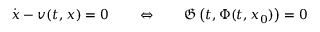
{ \dot { \boldsymbol { x } } } - { \boldsymbol { v } } ( t , { \boldsymbol { x } } ) = 0 \qquad \Leftrightarrow \qquad { \mathfrak { G } } \left( t , \Phi ( t , { \boldsymbol { x } } _ { 0 } ) \right) = 0